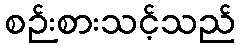
စဉ်းစားသင့်သည်